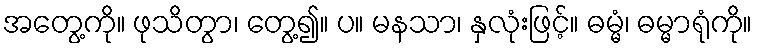
အတွေ့ကို။ ဖုသိတွာ၊ တွေ့၍။ ပ။ မနသာ၊ နှလုံးဖြင့်။ ဓမ္မံ၊ ဓမ္မာရုံကို။